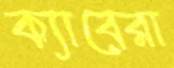
ক্যাবেরা